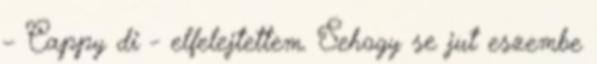
– Cappy di - elfelejtettem. Sehogy se jut eszembe